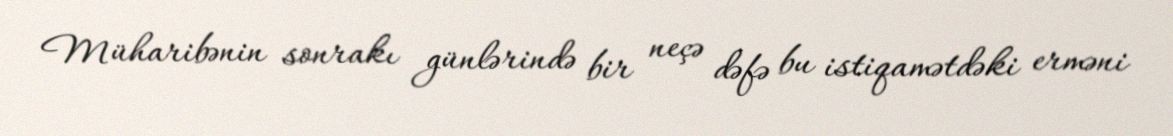
Müharibənin sonrakı günlərində bir neçə dəfə bu istiqamətdəki erməni